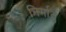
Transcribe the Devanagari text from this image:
निर्मातुं